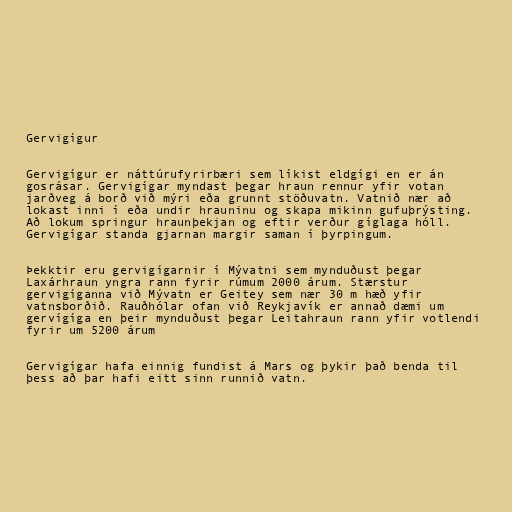
Gervigígur

Gervigígur er náttúrufyrirbæri sem líkist eldgígi en er án
gosrásar. Gervigígar myndast þegar hraun rennur yfir votan
jarðveg á borð við mýri eða grunnt stöðuvatn. Vatnið nær að
lokast inni í eða undir hrauninu og skapa mikinn gufuþrýsting.
Að lokum springur hraunþekjan og eftir verður gíglaga hóll.
Gervigígar standa gjarnan margir saman í þyrpingum.

Þekktir eru gervigígarnir í Mývatni sem mynduðust þegar
Laxárhraun yngra rann fyrir rúmum 2000 árum. Stærstur
gervigíganna við Mývatn er Geitey sem nær 30 m hæð yfir
vatnsborðið. Rauðhólar ofan við Reykjavík er annað dæmi um
gervígíga en þeir mynduðust þegar Leitahraun rann yfir votlendi
fyrir um 5200 árum

Gervigígar hafa einnig fundist á Mars og þykir það benda til
þess að þar hafi eitt sinn runnið vatn.